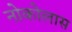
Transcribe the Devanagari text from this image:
नोकोलास